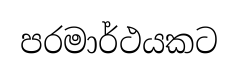
පරමාර්ථයකට